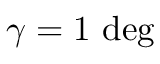
\gamma = 1 ~ \mathrm { d e g }